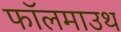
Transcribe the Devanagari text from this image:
फॉलमाउथ